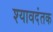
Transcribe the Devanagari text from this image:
श्यावदंतक